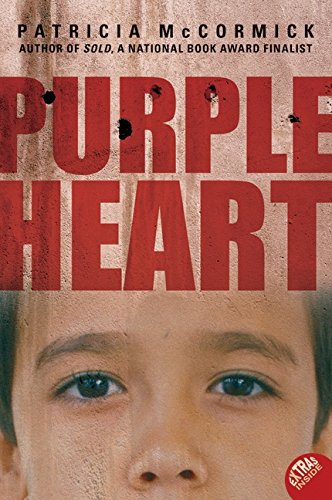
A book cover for Purple Heart; Patricia McCormick; Teen & Young Adult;